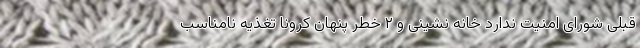
قبلی شورای امنیت ندارد خانه نشینی و ۲ خطر پنهان کرونا تغذیه نامناسب